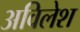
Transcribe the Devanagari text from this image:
अविलेश